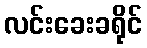
လင်းခေးခရိုင်